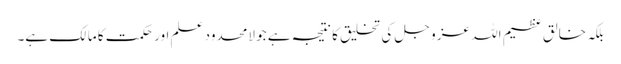
بلکہ خالق عظیم اللہ عز و جل کی تخلیق کا نتیجہ ہے جو لامحدود علم اور حکمت کا مالک ہے۔